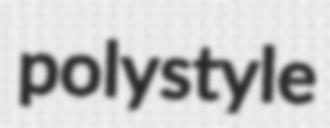
polystyle